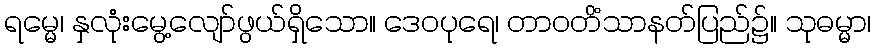
ရမ္မေ၊ နှလုံးမွေ့လျော်ဖွယ်ရှိသော။ ဒေဝပုရေ၊ တာဝတိံသာနတ်ပြည်၌။ သုဓမ္မာ၊